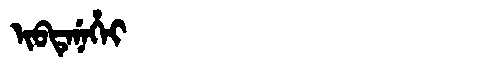
Manchu: ᡳᠪᡨᡝᠨᡝᡥᡝᡳ
Romanization: IBTENEHEI